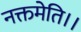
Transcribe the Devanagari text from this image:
नक्तमेति।।